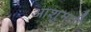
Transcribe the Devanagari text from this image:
आशुमती